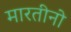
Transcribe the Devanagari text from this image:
मारतीनो